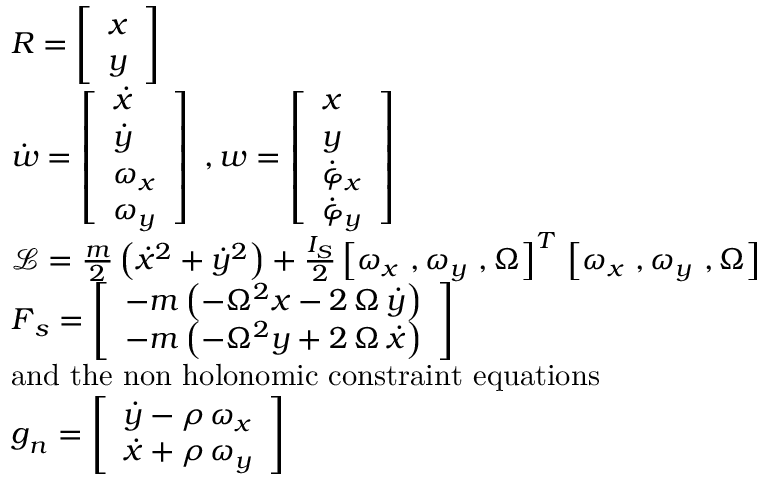
\begin{array} { r l } & { \boldsymbol { R } = \left[ \begin{array} { l } { x } \\ { y } \end{array} \right] } \\ & { \dot { \boldsymbol { w } } = \left[ \begin{array} { l } { \dot { x } } \\ { \dot { y } } \\ { \omega _ { x } } \\ { \omega _ { y } } \end{array} \right] ~ , { \boldsymbol { w } } = \left[ \begin{array} { l } { { x } } \\ { { y } } \\ { \dot { \varphi } _ { x } } \\ { \dot { \varphi } _ { y } } \end{array} \right] } \\ & { \mathcal { L } = \frac { m } { 2 } \left( \dot { x } ^ { 2 } + \dot { y } ^ { 2 } \right) + \frac { I _ { S } } { 2 } \left[ \omega _ { x } ~ , \omega _ { y } ~ , \Omega \right] ^ { T } \, \left[ \omega _ { x } ~ , \omega _ { y } ~ , \Omega \right] } \\ & { \boldsymbol F _ { s } = \left[ \begin{array} { l } { - m \left( - { \Omega } ^ { 2 } x - 2 \, \Omega \, { \dot { y } } \right) } \\ { - m \left( - { \Omega } ^ { 2 } y + 2 \, \Omega \, { \dot { x } } \right) } \end{array} \right] } \\ & { \mathrm { a n d ~ t h e ~ n o n ~ h o l o n o m i c ~ c o n s t r a i n t ~ e q u a t i o n s ~ } } \\ & { \boldsymbol g _ { n } = \left[ \begin{array} { c } { { \dot { y } } - \rho \, \omega _ { { x } } } \\ { { \dot { x } } + \rho \, \omega _ { { y } } } \end{array} \right] } \end{array}